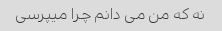
نه که من می دانم چرا میپرسی